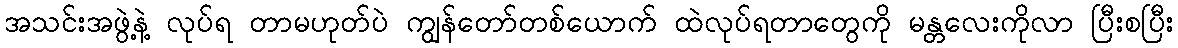
အသင်းအဖွဲ့နဲ့ လုပ်ရ တာမဟုတ်ပဲ ကျွန်တော်တစ်ယောက် ထဲလုပ်ရတာတွေကို မန္တလေးကိုလာ ပြီးစပြီး